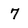
Character: 7